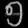
Digit: ၅